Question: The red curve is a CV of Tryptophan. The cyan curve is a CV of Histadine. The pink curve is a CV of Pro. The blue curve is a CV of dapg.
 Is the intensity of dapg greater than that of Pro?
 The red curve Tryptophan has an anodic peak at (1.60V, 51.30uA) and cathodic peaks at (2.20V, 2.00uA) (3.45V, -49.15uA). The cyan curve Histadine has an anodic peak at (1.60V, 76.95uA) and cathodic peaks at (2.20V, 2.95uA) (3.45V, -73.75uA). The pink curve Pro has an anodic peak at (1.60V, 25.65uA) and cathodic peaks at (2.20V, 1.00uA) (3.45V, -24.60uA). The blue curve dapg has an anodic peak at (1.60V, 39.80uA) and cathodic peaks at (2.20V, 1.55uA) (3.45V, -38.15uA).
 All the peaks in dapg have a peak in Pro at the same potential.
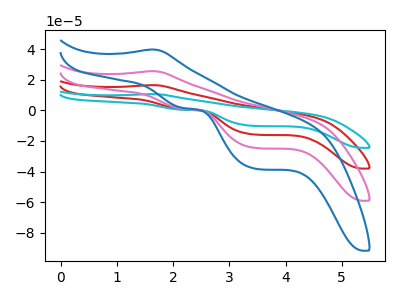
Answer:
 <answer>I cant tell if "dapg" or "Pro" has more signal.</answer>
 <eval>mixed_signal</eval>